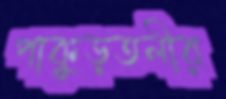
পাকুড়তলীর